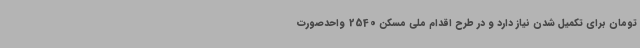
تومان برای تکمیل شدن نیاز دارد و در طرح اقدام ملی مسکن 2540 واحدصورت